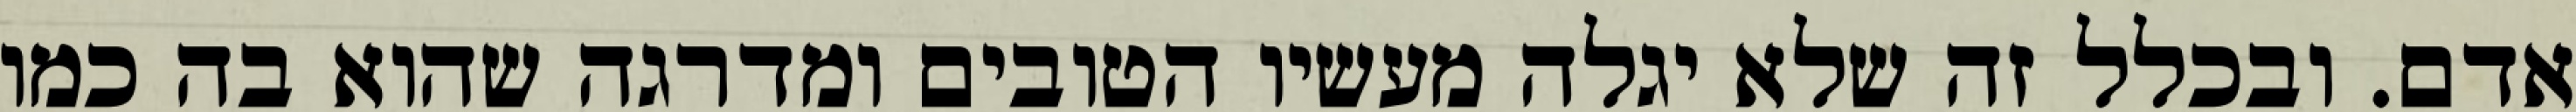
אדם. ובכלל זה שלא יגלה מעשיו הטובים ומדרגה שהוא בה כמו